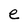
Character: e